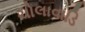
ચોલાવાડિ